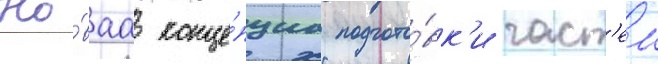
Но́ваа конце́пциа подгото́вк'и част'еи